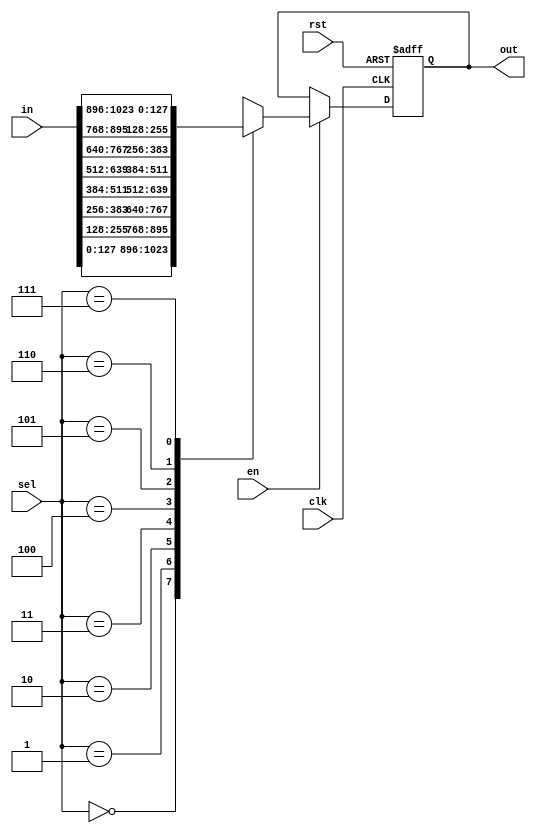
module mux_8to1
#(parameter DW_DATA = 32*4)
(
  input                             clk,
  input                             rst,
  input                             en,
  input signed [8*DW_DATA-1: 0]     in,
  input [2:0]                       sel,
  output reg signed [DW_DATA-1: 0]  out
);

wire signed [DW_DATA-1:0] in_data [7:0];
genvar gi;
generate
  for (gi=0; gi<8; gi=gi+1) begin
    assign in_data[gi] = in[gi*DW_DATA+:DW_DATA];
  end
endgenerate

always @(posedge rst or posedge clk) begin
  if (rst) begin : init_block
    out <= 0;
  end
  else if (en) begin : execute_block
    case(sel)
      3'b000: out <= in_data[0];
      3'b001: out <= in_data[1];
      3'b010: out <= in_data[2];
      3'b011: out <= in_data[3];
      3'b100: out <= in_data[4];
      3'b101: out <= in_data[5];
      3'b110: out <= in_data[6];
      3'b111: out <= in_data[7];
    endcase
  end
end

endmodule